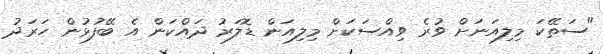
"ސަތޭކަ މިލިއަނަށް ވުރެ ވިއްސަކަށް މިލިއަން ޑޮލަރު ދައްކަން އެ ބޭފުޅުން ހަރަދު